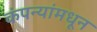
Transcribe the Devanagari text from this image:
कंपन्यांमधून